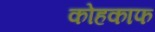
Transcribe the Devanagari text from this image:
कोहकाफ